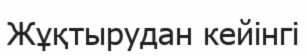
Жұқтырудан кейінгі